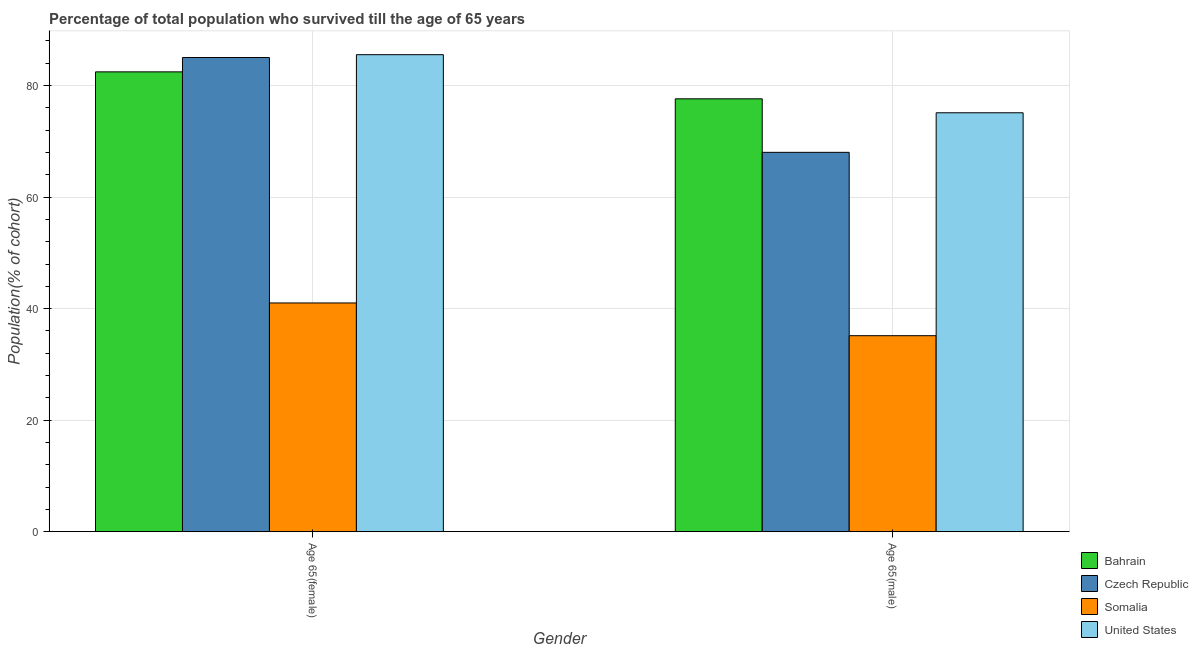
| Gender | Bahrain | Czech Republic | Somalia | United States |
 | --- | --- | --- | --- | --- |
 | Age 65(female) | 82.5 | 85 | 41 | 85.5 |
 | Age 65(male) | 77.6 | 68 | 35.1 | 75.1 |